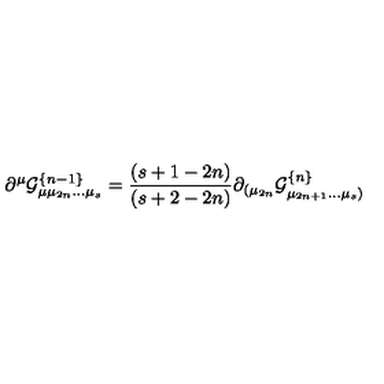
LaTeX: \partial ^ { \mu } { \cal { G } } _ { \mu \mu _ { 2 n } . . . \mu _ { s } } ^ { \{ n - 1 \} } = { \frac { ( s + 1 - 2 n ) } { ( s + 2 - 2 n ) } } \partial _ { ( \mu _ { 2 n } } { \cal { G } } _ { \mu _ { 2 n + 1 } . . . \mu _ { s } ) } ^ { \{ n \} }